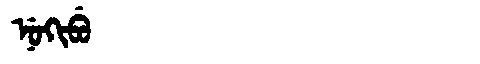
Manchu: ᠨᡠᡴᡳᠪᡠ
Romanization: NUKIBU